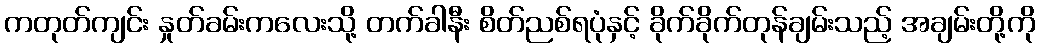
ကတုတ်ကျင်း နှုတ်ခမ်းကလေးသို့ တက်ခါနီး စိတ်ညစ်ရပုံနှင့် ခိုက်ခိုက်တုန်ချမ်းသည့် အချမ်းတို့ကို